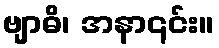
ဗျာဓိ၊ အနာ၎င်း။